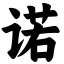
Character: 诺